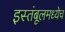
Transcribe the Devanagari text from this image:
इस्तंबूलमध्येच